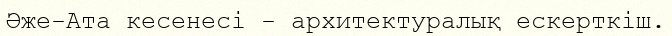
Әже-Ата кесенесі - архитектуралық ескерткіш.